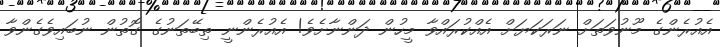
އެއުރެންގެ މޫނުވަތަށް ނަރަކަޔަށް އެއްކުރައްވާ މީހުން ދަންނާށެވެ! އެއުރެންނީ ތިބޭތަނުގެ ގޮތުން ނުބައިވެގެންވާ